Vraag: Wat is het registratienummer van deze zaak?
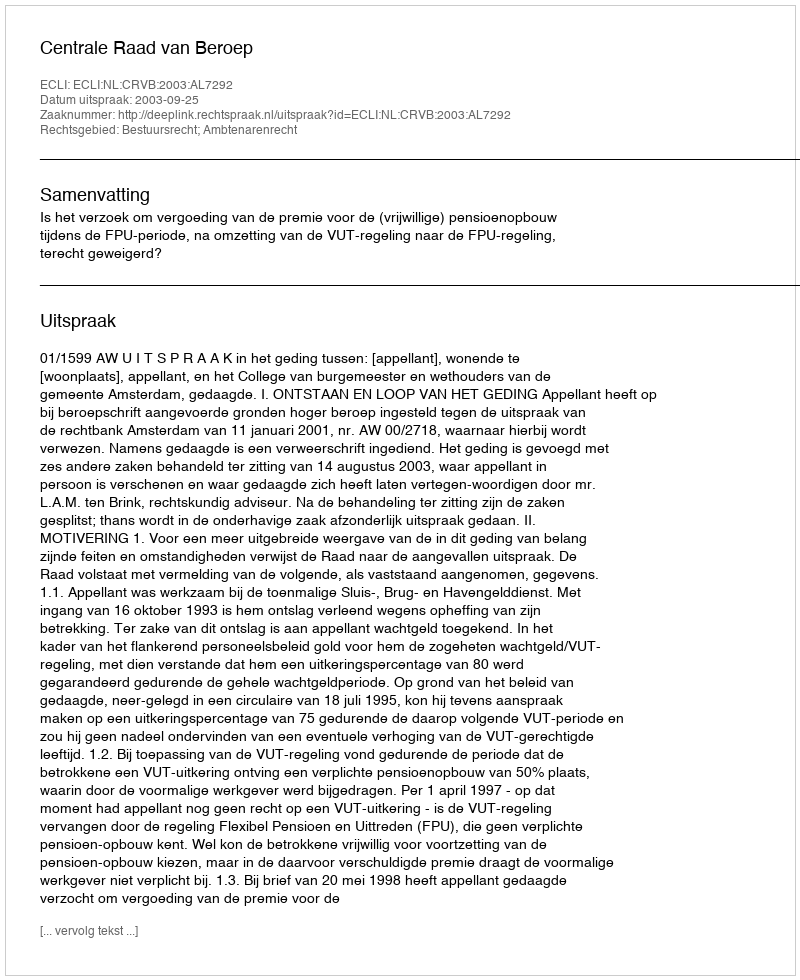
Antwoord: http://deeplink.rechtspraak.nl/uitspraak?id=ECLI:NL:CRVB:2003:AL7292